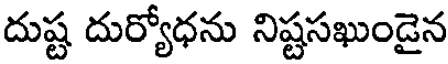
దుష్ట దుర్యోధను నిష్టసఖుండైన